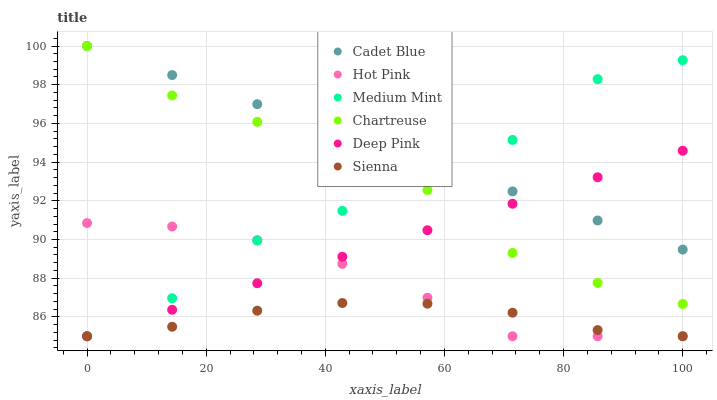
| xaxis_label | Cadet Blue | Hot Pink | Medium Mint | Chartreuse | Deep Pink | Sienna |
 | --- | --- | --- | --- | --- | --- | --- |
 | 0 | 100 | 90.8 | 85 | 100 | 85 | 85 |
 | 14.3 | 98.5 | 90.7 | 87 | 97.4 | 86.4 | 85.5 |
 | 28.6 | 97 | 90 | 89.9 | 96.1 | 87.7 | 86.3 |
 | 42.9 | 95.5 | 88.7 | 91.5 | 93.7 | 89.1 | 86.7 |
 | 57.1 | 94 | 87 | 93.3 | 92.6 | 90.5 | 86.7 |
 | 71.4 | 92.5 | 85 | 95.1 | 89.3 | 91.8 | 86.2 |
 | 85.7 | 91 | 85 | 98.3 | 87.8 | 93.2 | 85.3 |
 | 100 | 89.5 | 85 | 99.3 | 86.7 | 94.6 | 85 |